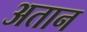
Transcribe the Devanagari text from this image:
अतान